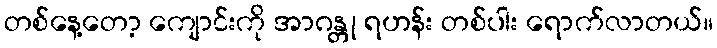
တစ်နေ့တော့ ကျောင်းကို အာဂန္တု ရဟန်း တစ်ပါး ရောက်လာတယ်။